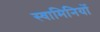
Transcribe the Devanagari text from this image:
स्वामिनियों